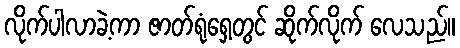
လိုက်ပါလာခဲ့ကာ ဇာတ်ရုံရှေ့တွင် ဆိုက်လိုက် လေသည်။